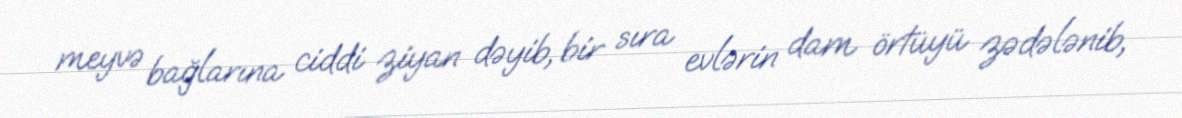
meyvə bağlarına ciddi ziyan dəyib, bir sıra evlərin dam örtüyü zədələnib,